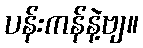
ပန်းကန်နဲ့ဗျ။